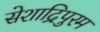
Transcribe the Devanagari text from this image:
सेशाद्रिपुरम